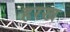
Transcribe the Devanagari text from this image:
हरख